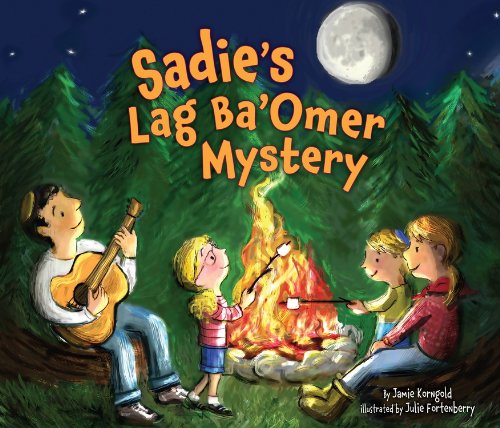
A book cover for Sadie's Lag Ba'omer Mystery (Lag Ba'omer & Shavuot); Jamie Korngold; Children's Books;